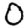
Digit: 0